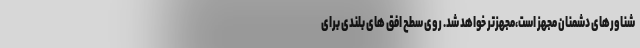
شناورهای دشمنان مجهز است،‌مجهزتر خواهد شد. روی سطح افق های بلندی برای